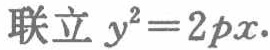
联立 \(y^{2}=2px\)